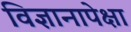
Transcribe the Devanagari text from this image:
विज्ञानापेक्षा